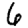
Digit: 6